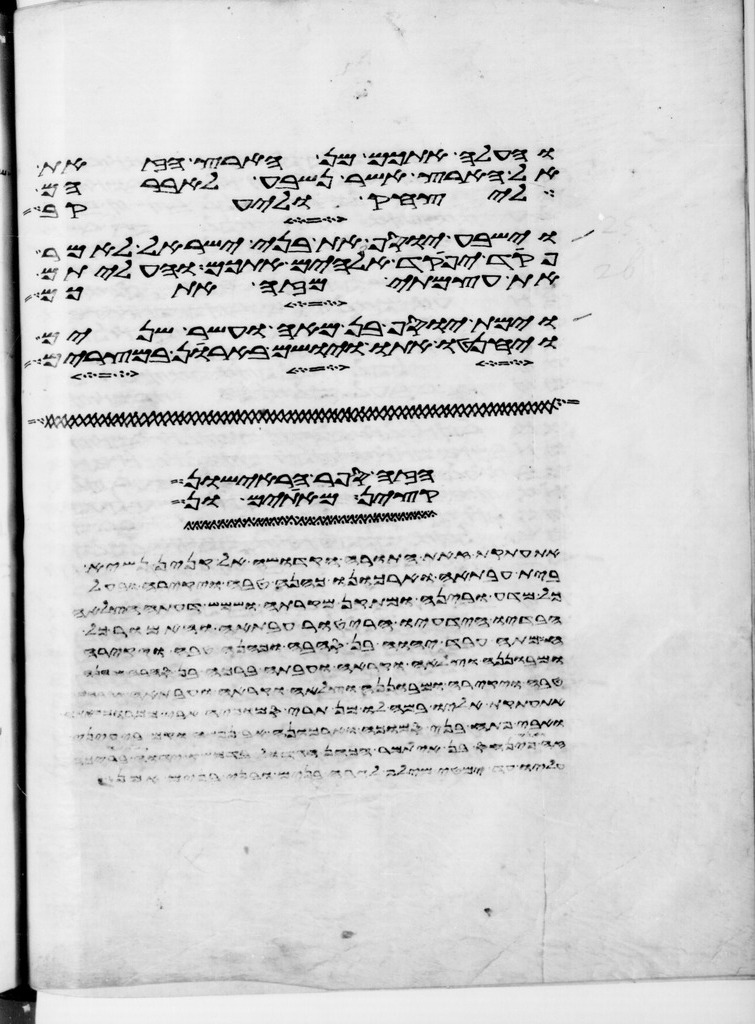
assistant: והעלה אתכם מן הארץ הזאת
אל הארץ אשר נשבע לאברהם
ליצחק וליעקב
וישביע יוסף את בני ישראל לאמר
פקד יפקד אלהים אתכם והעליתם
את עצמתי מזה אתכם
וימת יוסף בן מאה ועשר שנים
ויחנטו אתו ויושם בארן במצרים
הפר הראישון
בין המיתים ובין
את התורה הזאת ויתנה אל הכהנים בני
ביתה פרעה ולאברם הייטב בעבורה ויהי לו
כדה מעליה ותאמר שתה וגם גמליך אשקה
הדיפו או השליך עליו כל כלי בלא צדיה או בכל
יעשה יהוה את הדבר הזה בארץ ויעש יהוה
ובתה לא תגלה את בת בנה ואת בת בתה לא
פרעה ויקרא למשה ולאהרן ויאמר אליהם
ואמרת אליו בהעלותך את הנרות
השביעני לפני מותו לאמר הנה אנכי מת בקברי אשר כרתי לי
וירא ישראל את היד הגדלה אשר עשה
אחיו כי איך אעלה אל אבי והנער איננו